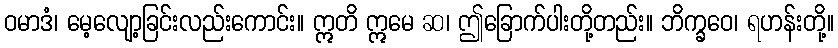
ဝမာဒံ၊ မေ့လျော့ခြင်းလည်းကောင်း။ ဣတိ ဣမေ ဆ၊ ဤခြောက်ပါးတို့တည်း။ ဘိက္ခဝေ၊ ရဟန်းတို့။